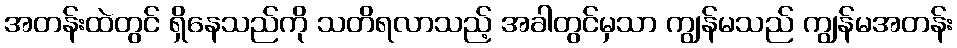
အတန်းထဲတွင် ရှိနေသည်ကို သတိရလာသည့် အခါတွင်မှသာ ကျွန်မသည် ကျွန်မအတန်း